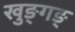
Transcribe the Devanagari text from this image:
खुङ्गङ्